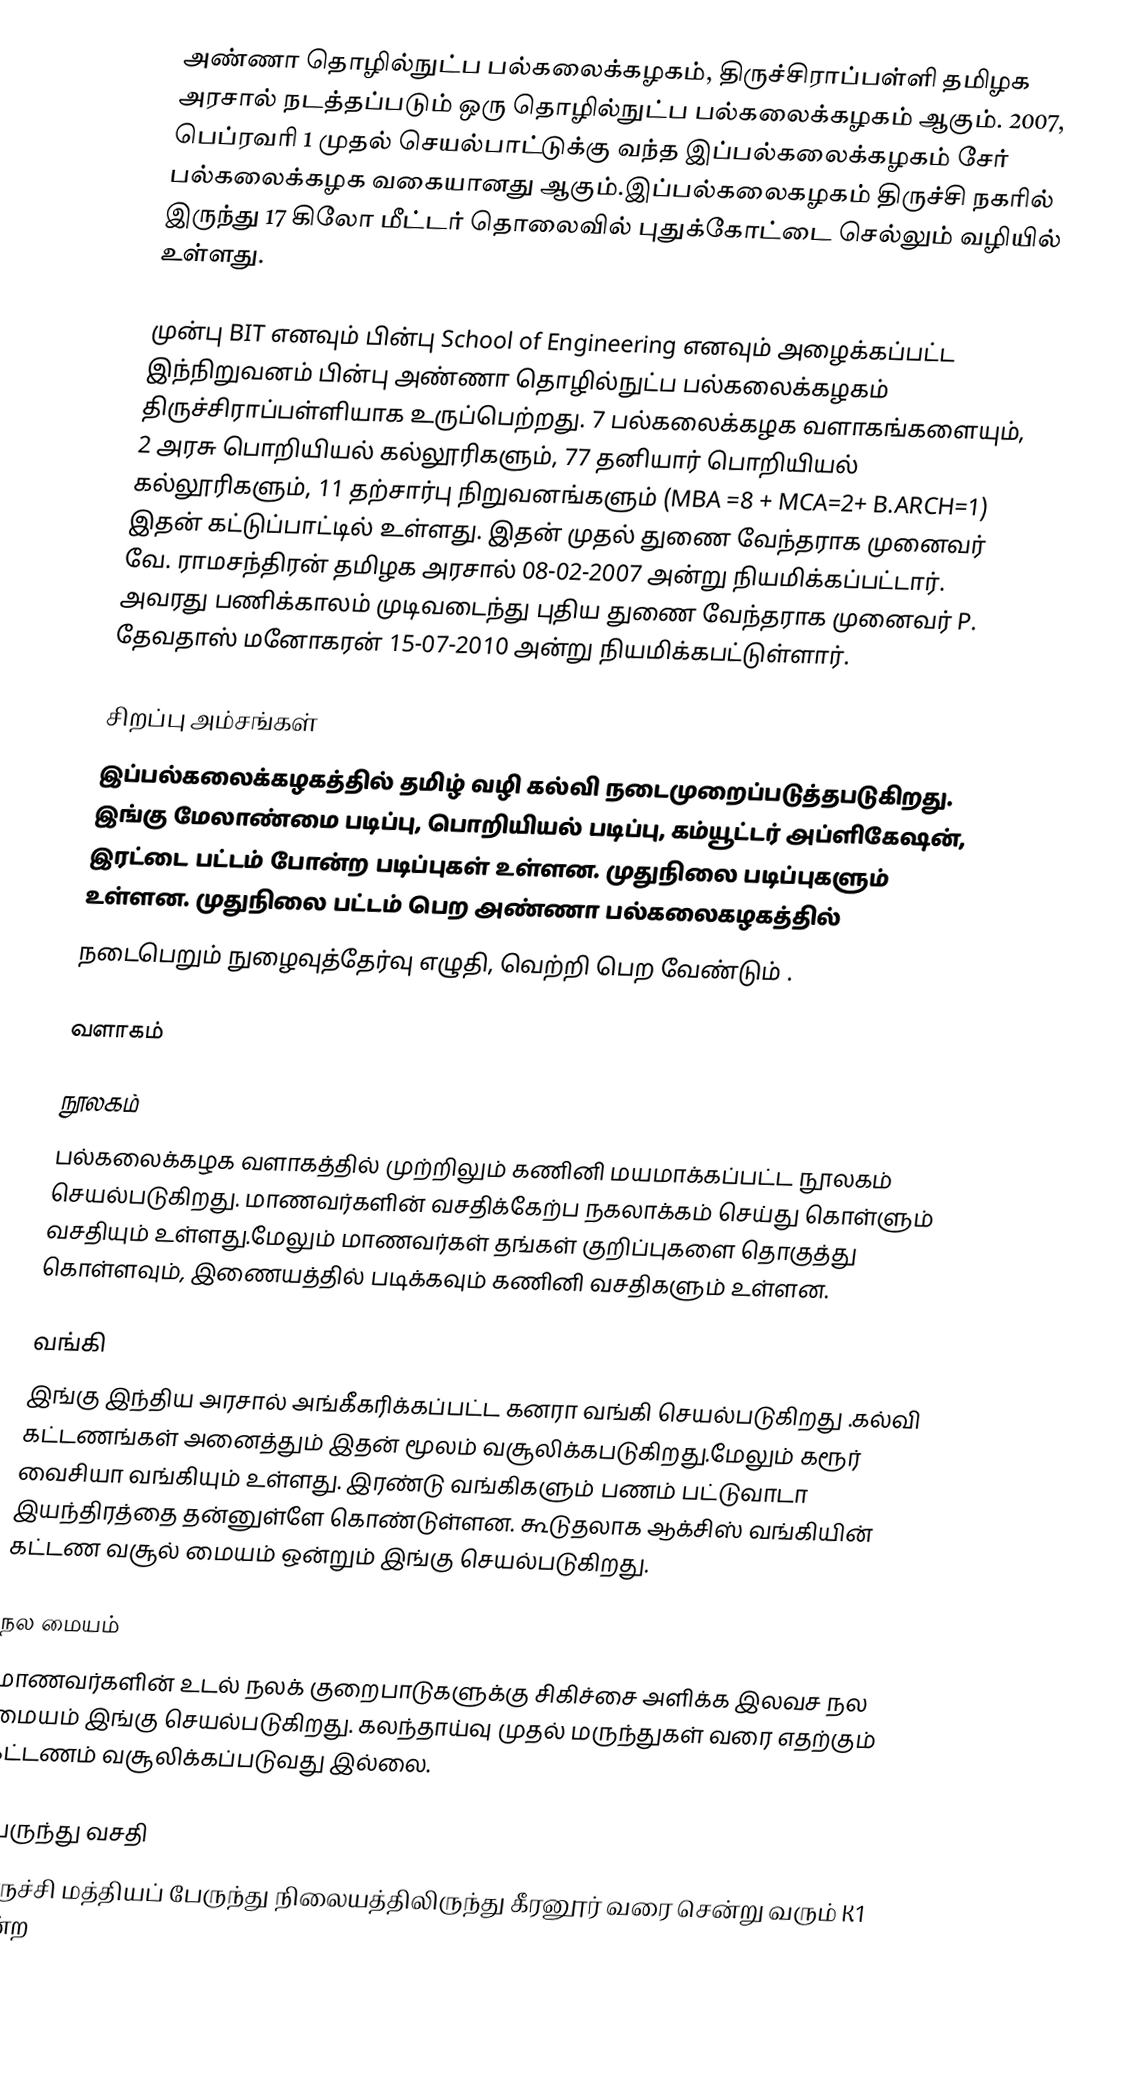
அண்ணா தொழில்நுட்ப பல்கலைக்கழகம், திருச்சிராப்பள்ளி தமிழக அரசால் நடத்தப்படும் ஒரு தொழில்நுட்ப பல்கலைக்கழகம் ஆகும். 2007, பெப்ரவரி 1 முதல் செயல்பாட்டுக்கு வந்த இப்பல்கலைக்கழகம் சேர் பல்கலைக்கழக வகையானது ஆகும்.இப்பல்கலைகழகம்   திருச்சி நகரில் இருந்து 17 கிலோ மீட்டர் தொலைவில் புதுக்கோட்டை செல்லும் வழியில்  உள்ளது.

முன்பு BIT எனவும் பின்பு School of Engineering எனவும் அழைக்கப்பட்ட இந்நிறுவனம் பின்பு அண்ணா தொழில்நுட்ப பல்கலைக்கழகம் திருச்சிராப்பள்ளியாக உருப்பெற்றது. 7 பல்கலைக்கழக வளாகங்களையும், 2 அரசு பொறியியல் கல்லூரிகளும், 77 தனியார் பொறியியல் கல்லூரிகளும், 11 தற்சார்பு நிறுவனங்களும் (MBA =8 + MCA=2+ B.ARCH=1) இதன் கட்டுப்பாட்டில் உள்ளது. இதன் முதல் துணை வேந்தராக முனைவர் வே. ராமசந்திரன் தமிழக அரசால் 08-02-2007 அன்று நியமிக்கப்பட்டார். அவரது பணிக்காலம் முடிவடைந்து புதிய துணை வேந்தராக முனைவர் P. தேவதாஸ் மனோகரன் 15-07-2010 அன்று நியமிக்கபட்டுள்ளார்.

சிறப்பு அம்சங்கள்
இப்பல்கலைக்கழகத்தில் தமிழ் வழி கல்வி நடைமுறைப்படுத்தபடுகிறது. இங்கு மேலாண்மை படிப்பு, பொறியியல் படிப்பு, கம்யூட்டர் அப்ளிகேஷன், இரட்டை பட்டம் போன்ற படிப்புகள் உள்ளன. முதுநிலை படிப்புகளும் உள்ளன. முதுநிலை பட்டம் பெற அண்ணா பல்கலைகழகத்தில்
நடைபெறும் நுழைவுத்தேர்வு எழுதி, வெற்றி பெற வேண்டும் .

வளாகம்

நூலகம்
பல்கலைக்கழக வளாகத்தில் முற்றிலும் கணினி மயமாக்கப்பட்ட நூலகம் செயல்படுகிறது. மாணவர்களின் வசதிக்கேற்ப நகலாக்கம் செய்து கொள்ளும் வசதியும் உள்ளது.மேலும் மாணவர்கள் தங்கள் குறிப்புகளை தொகுத்து கொள்ளவும், இணையத்தில் படிக்கவும் கணினி வசதிகளும் உள்ளன.

வங்கி
இங்கு இந்திய அரசால் அங்கீகரிக்கப்பட்ட கனரா வங்கி செயல்படுகிறது .கல்வி கட்டணங்கள் அனைத்தும் இதன் மூலம் வசூலிக்கபடுகிறது.மேலும் கரூர் வைசியா வங்கியும் உள்ளது. இரண்டு வங்கிகளும் பணம் பட்டுவாடா இயந்திரத்தை தன்னுள்ளே கொண்டுள்ளன. கூடுதலாக ஆக்சிஸ் வங்கியின் கட்டண வசூல் மையம் ஒன்றும் இங்கு செயல்படுகிறது.

நல மையம்
மாணவர்களின் உடல் நலக் குறைபாடுகளுக்கு சிகிச்சை அளிக்க இலவச நல மையம் இங்கு செயல்படுகிறது. கலந்தாய்வு முதல் மருந்துகள் வரை எதற்கும் கட்டணம் வசூலிக்கப்படுவது இல்லை.

பேருந்து வசதி
திருச்சி மத்தியப் பேருந்து நிலையத்திலிருந்து கீரனூர் வரை சென்று வரும் K1 என்ற